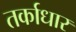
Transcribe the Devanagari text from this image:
तर्काधार